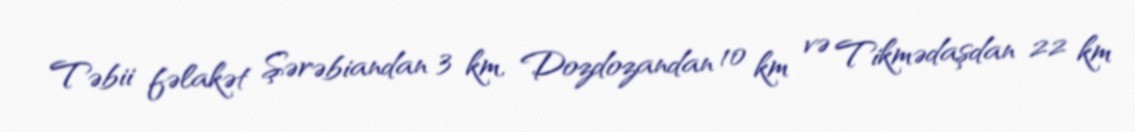
Təbii fəlakət Şərəbiandan 3 km, Dozdozandan 10 km və Tikmədaşdan 22 km